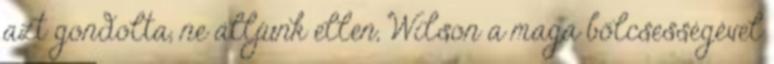
azt gondolta, ne álljunk ellen, Wilson a maga bölcsességével